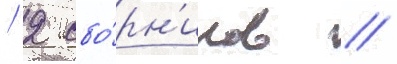
/ 2 сбо́рн'иков /